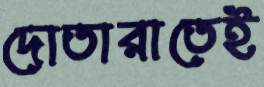
দোতারাতেই